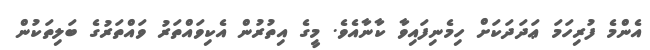
އެންމެ ފުރިހަމަ ޢަދަދަކަށް ހިމެނިފައިވާ ކާނާއެވެ. މީގެ އިތުރުން އެކިވައްތަރު ވައްތަރުގެ ބަލިތަކުން